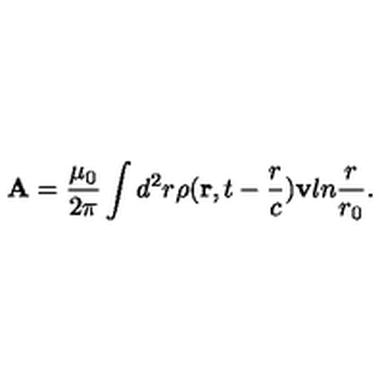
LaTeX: { \bf A } = { \frac { \mu _ { 0 } } { 2 \pi } } \int d ^ { 2 } r \rho ( { \bf r } , t - { \frac { r } { c } } ) { \bf v } l n { \frac { r } { r _ { 0 } } } .